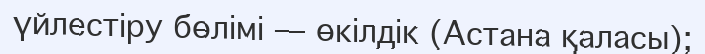
үйлестіру бөлімі — өкілдік (Астана қаласы);